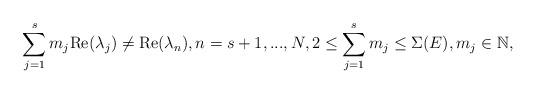
LaTeX: \begin{align*}\sum_{j=1}^s m_j\mbox{Re}(\lambda_j) \neq \mbox{Re}(\lambda_n),n = s+1,...,N, 2 \leq \sum_{j=1}^s m_j \leq \Sigma(E),m_j \in \mathbb{N},\end{align*}